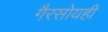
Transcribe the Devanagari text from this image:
गैरसोयही